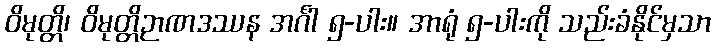
ဝိမုတ္တိ၊ ဝိမုတ္တိဉာဏဒဿန အင်္ဂါ ၅-ပါး။ အာရုံ ၅-ပါးကို သည်းခံနိုင်မှသာ